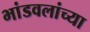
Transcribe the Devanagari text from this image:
भांडवलांच्या